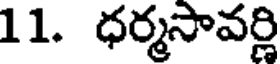
11. ధర్మసావర్ణి